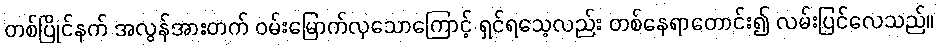
တစ်ပြိုင်နက် အလွန်အားတက် ဝမ်းမြောက်လှသောကြောင့် ရှင်ရသေ့လည်း တစ်နေရာတောင်း၍ လမ်းပြင်လေသည်။